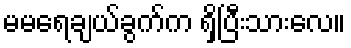
မမရေချယ်ခွက်က ရှိပြီးသားလေ။